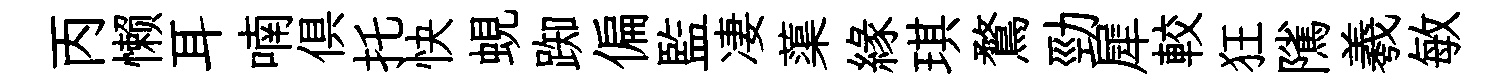
丙懒耳喃俱托快蜆踟偏監凄蕖緣琪鶩勁犀較狂隲羲敏